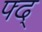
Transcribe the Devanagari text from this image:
फ्द्